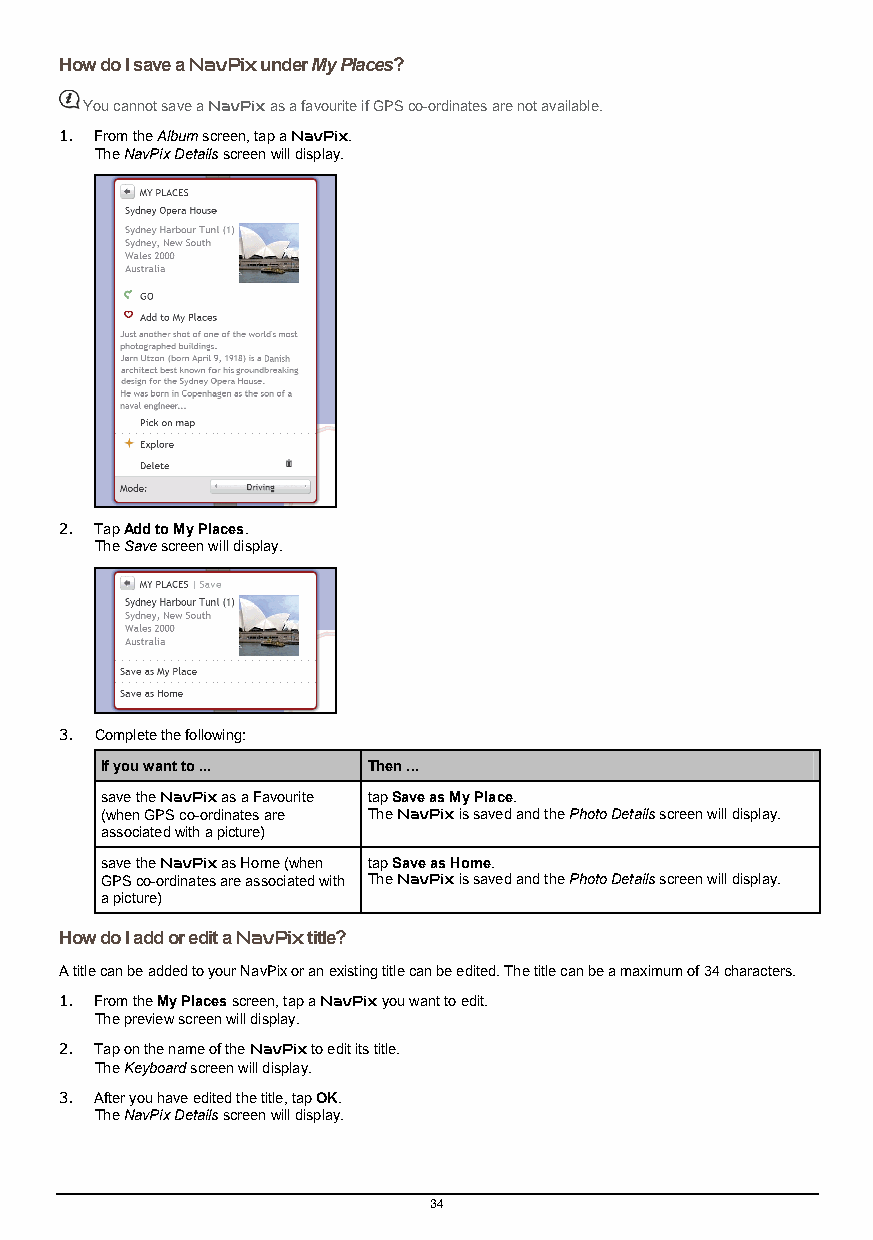
How do I save a NavPix under My Places?
 You cannot save a NavPix as a favourite if GPS co-ordinates are not available.
 1. From the Album screen, tap a NavPix.
 The NavPix Details screen will display.
 2. Tap Add to My Places.
 The Save screen will display.
 3. Complete the following:
 If you want to ... Then ...
 save the NavPix as a Favourite tap Save as My Place.
 (when GPS co-ordinates are The NavPix is saved and the Photo Details screen will display.
 associated with a picture)
 save the NavPix as Home (when tap Save as Home.
 GPS co-ordinates are associated with The NavPix is saved and the Photo Details screen will display.
 a picture)
 How do I add or edit a NavPix title?
 A title can be added to your NavPix or an existing title can be edited. The title can be a maximum of 34 characters.
 1. From the My Places screen, tap a NavPix you want to edit.
 The preview screen will display.
 2. Tap on the name of the NavPix to edit its title.
 The Keyboard screen will display.
 3. After you have edited the title, tap OK.
 The NavPix Details screen will display.
 34